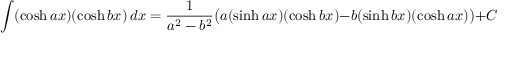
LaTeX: \int ( \cosh a x ) ( \cosh b x ) \, d x = { \frac { 1 } { a ^ { 2 } - b ^ { 2 } } } { \big ( } a ( \sinh a x ) ( \cosh b x ) - b ( \sinh b x ) ( \cosh a x ) { \big ) } + C \qquad { \mathrm { ( f o r ~ } } a ^ { 2 } \neq b ^ { 2 } { \mathrm { ) } }